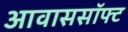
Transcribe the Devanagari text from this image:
आवाससॉफ्ट